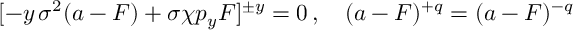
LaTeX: [ - y \, \sigma ^ { 2 } ( a - F ) + \sigma \chi p _ { y } F ] ^ { \pm y } = 0 \, , \quad ( a - F ) ^ { + q } = ( a - F ) ^ { - q }